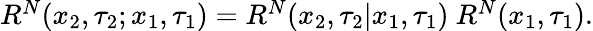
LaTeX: \begin{array}{r}{R^{N}(x_{2},\tau_{2};x_{1},\tau_{1})=R^{N}(x_{2},\tau_{2}|x_{1},\tau_{1})\ R^{N}(x_{1},\tau_{1}).}\end{array}